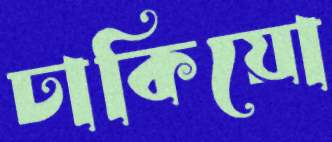
ঢাকিয়ো